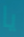
يا